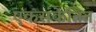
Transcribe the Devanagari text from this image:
एकसंकेतित